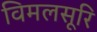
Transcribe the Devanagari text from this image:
विमलसूरि